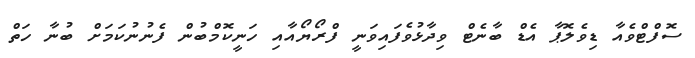
ސޮފްޓްވެއާ ޑިވެލޮޕާ އެޑް ބާނެޓް ވިދާޅުވެފައިވަނީ ފްރޯޔޯއާއި ހަނީކޮމްބުން ފެނުނުކަމަށް ބުނާ ހަތް